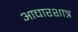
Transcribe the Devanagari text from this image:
आचारशात्र